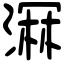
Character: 𣺉